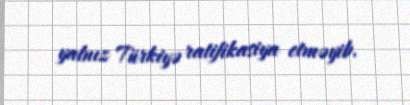
yalnız Türkiyə ratifikasiya etməyib.